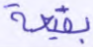
بقيعة